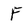
Character: F